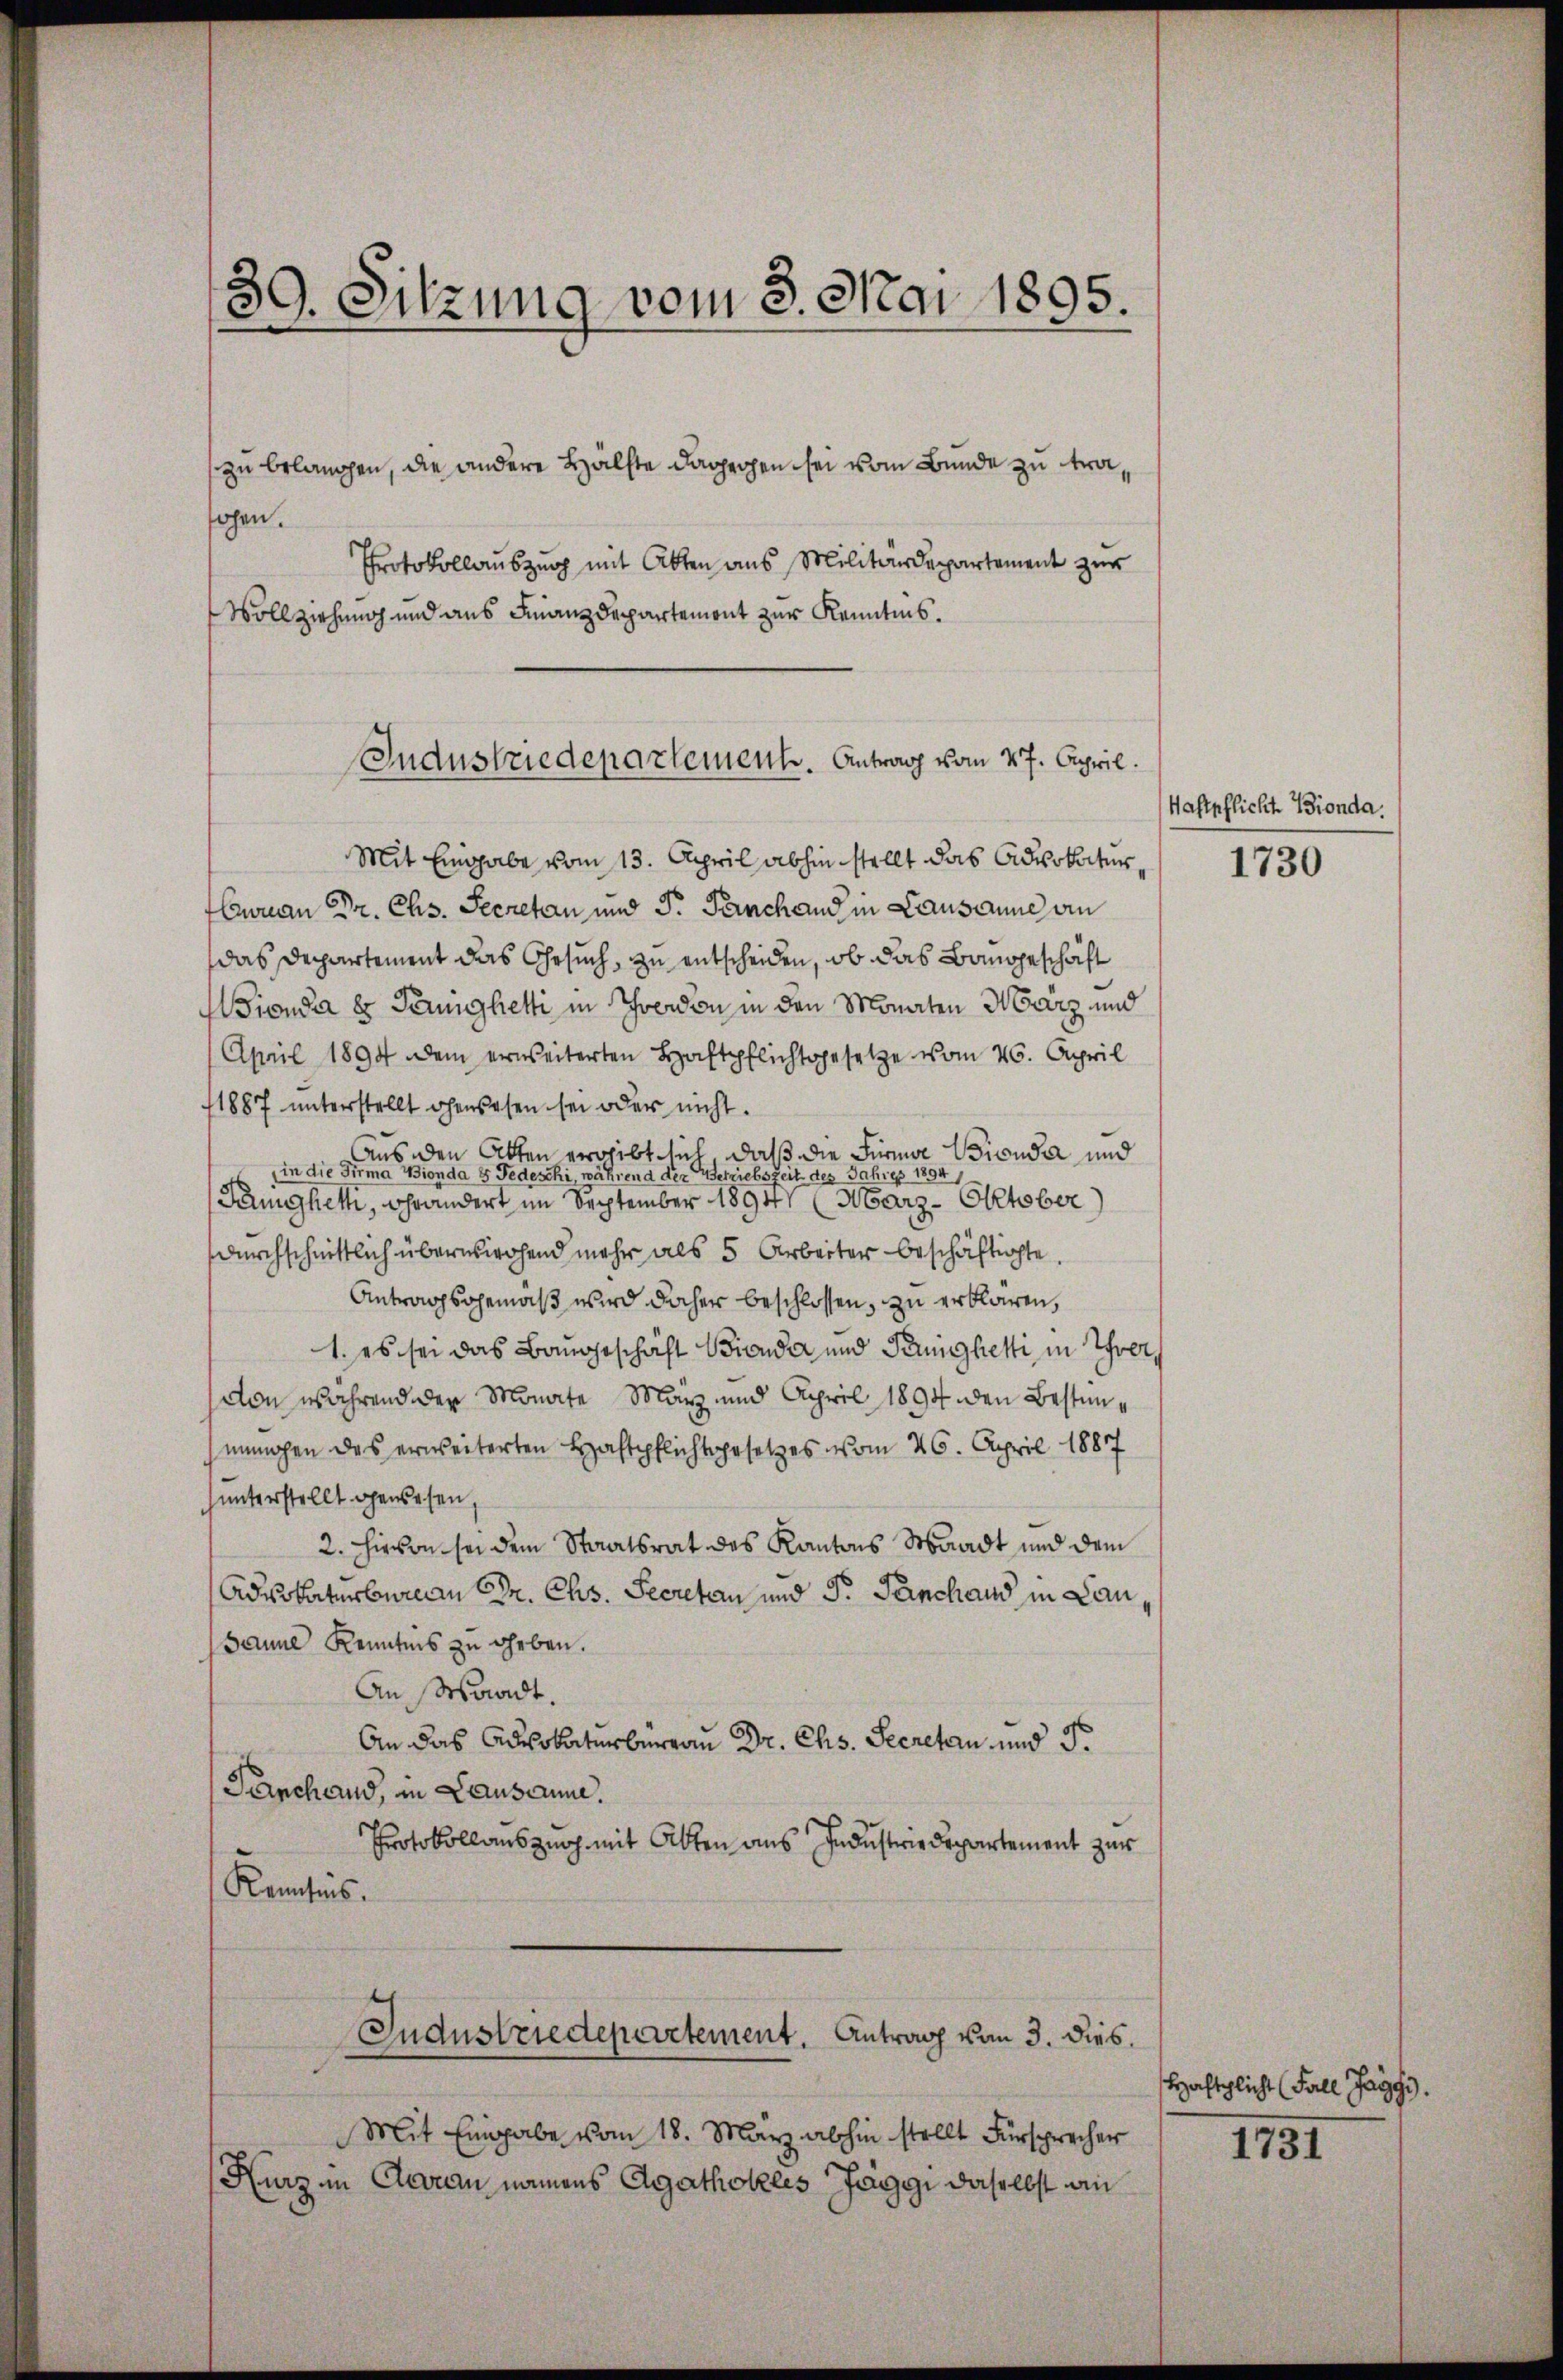
zu belangen, die andere Hälfte dagegen sei vom Bunde zu trahohen.
Protokollauszug mit Akten aus Militärdepartement zur
Vollziehung und aus Finanzdepartemont zur Kenntnis¬

¬
9. Sitzung vom 3. Mai 1895.
2
.

Industriedepartement. Antrag vom 27. April.

Mit Eingabe vom 13. April abhin stellt das Advokatur,
Curau Dr. Chs. Secretan und S. Penchand in Lausanne an
das Departement das Gesuch, zu entscheiden, ob das Bangeschäft
Mionda 8 Peighetti in Trenden in den Monaten Harz und
April 1894 dem erweiterten Haftpflichtsgesetze vom 26. April
1887 unterstellt ohenwesen sei oder nicht.
Aus den Akten ergibt sich, daß die Firma Bicuda und
in die Firma Bionda 8 Fedeschi, während der Betriebszeit des Jahres 1894
Tungheth, Grändert im September 1894 (Marz- Oktober)
durchschnittlich überwirchend mehr als 5 Arbeiter beschäftigte.
Antragsgemäß wird daher beschlossen, zu erklären,
1. es sei das Bangeschaft Bienda und Peighetti in Ihrer,
von während der Monate März und April 1894 den Bestimunmohen des erweiterten Haftpflichtsgesetzes vom 26. April 1887
unterstellt gewesen,
2. Hievon sei dem Staatsrat des Kantons Waadt und dem
Advokaturbureau St. Chs. Secretan und Fr. Sanchand in Lau
Janne Kenntnis zu geben.
An Waadt.
An das Advokaturberrau Dr. Chs. Secretan und S.
Penchand, in Lausanne.
Protokollauszug mit Akten aus Industrie Departement zur
Kenntnis.
Industriedepartement. Antrag von 3. dies
Mit Eingabe vom 18. März abhin stellt Fürsprecher
Kurz in Aarau namens Agathokles Jaggi daselbst an

Waftpflicht Bionda.

1730

Hafschlicht (Fall Jaggi).

1731